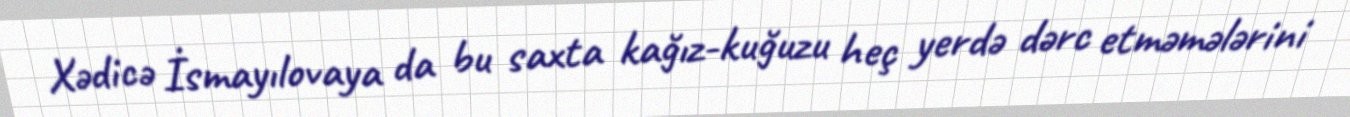
Xədicə İsmayılovaya da bu saxta kağız-kuğuzu heç yerdə dərc etməmələrini